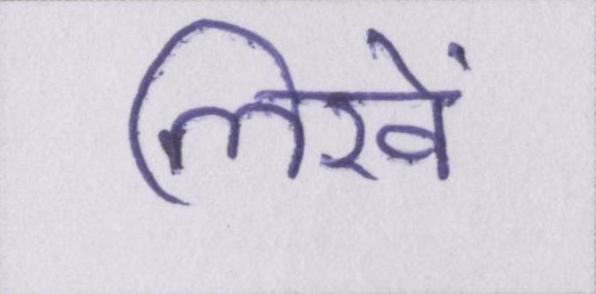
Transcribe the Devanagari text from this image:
लिखें